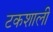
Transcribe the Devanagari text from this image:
टकशाली